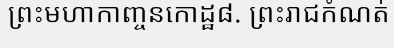
ព្រះមហាកាញ្ចនកោដ្ឋ៨. ព្រះរាជកំណត់